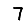
Digit: 7